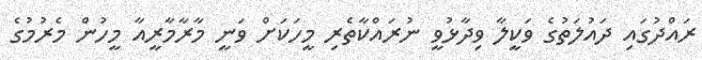
ރައްދުގައި ދައުލަތުގެ ވަކީލާ ވިދާޅުވީ ނުރައްކާތެރި މީހަކަށް ވަނީ މާރާމާރީއާ މީހުން މެރުމުގެ